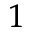
^ 1